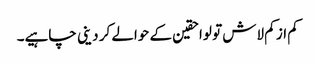
کم از کم لاش تو لواحقین کے حوالے کر دینی چاہیے۔